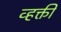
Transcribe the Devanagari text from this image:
व्हक्ती